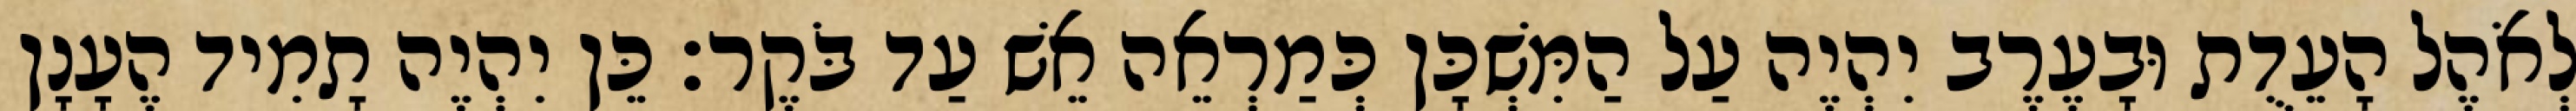
לְאֹהֶל הָעֵדֻת וּבָעֶרֶב יִהְיֶה עַל הַמִּשְׁכָּן כְּמַרְאֵה אֵשׁ עַד בֹּקֶר׃ כֵּן יִהְיֶה תָמִיד הֶעָנָן